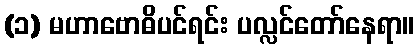
(၁) မဟာဗောဓိပင်ရင်း ပလ္လင်တော်နေရာ။